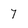
Character: 7